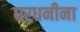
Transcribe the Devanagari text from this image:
घरधनीना